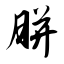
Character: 胼